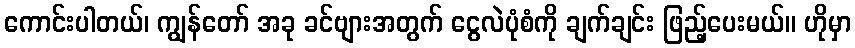
ကောင်းပါတယ်၊ ကျွန်တော် အခု ခင်ဗျားအတွက် ငွေလဲပုံစံကို ချက်ချင်း ဖြည့်ပေးမယ်။ ဟိုမှာ